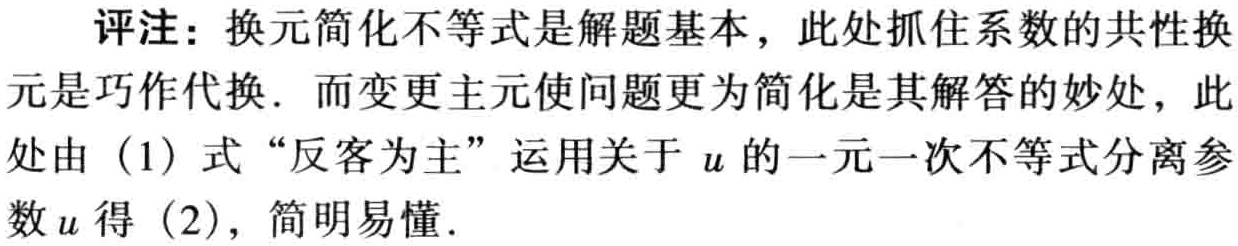
评注：换元简化不等式是解题基本，此处抓住系数的共性换元是巧作代换. 而变更主元使问题更为简化是其解答的妙处，此处由（1）式“反客为主”运用关于 \(u\) 的一元一次不等式分离参数 \(u\) 得（2），简明易懂.